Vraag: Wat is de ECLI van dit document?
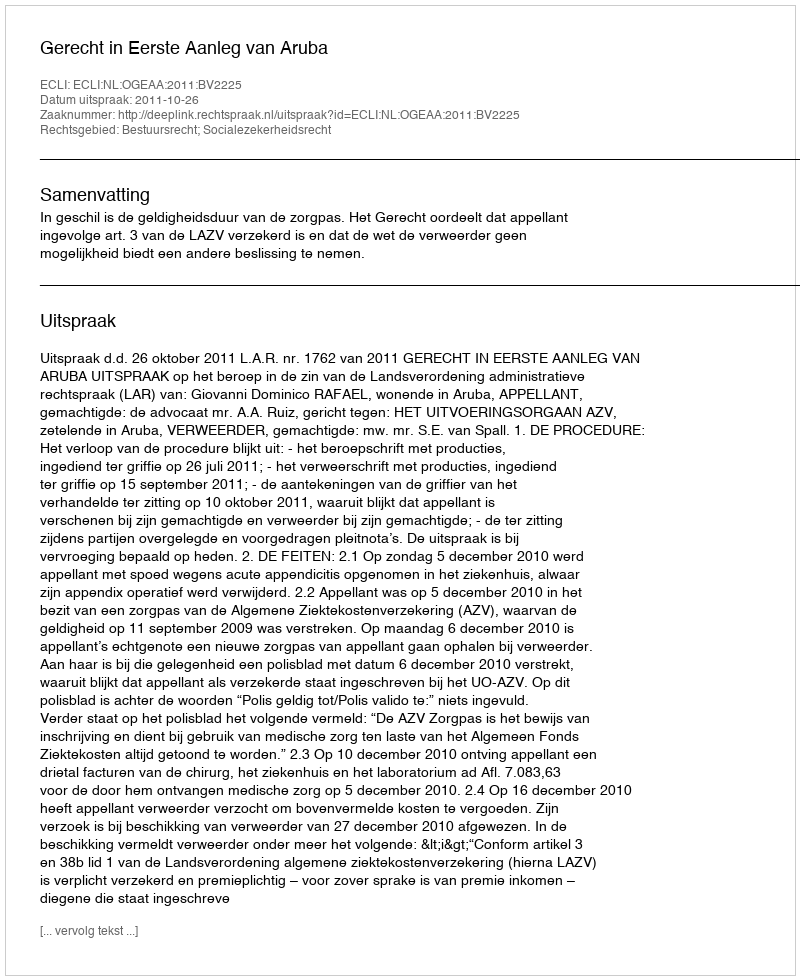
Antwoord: ECLI:NL:OGEAA:2011:BV2225